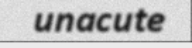
unacute